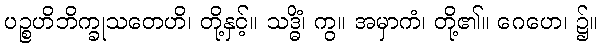
ပဉ္စဟိဘိက္ခုသတေဟိ၊ တို့နှင့်။ သဒ္ဓိံ၊ ကွ။ အမှာကံ၊ တို့၏။ ဂေဟေ၊ ၌။